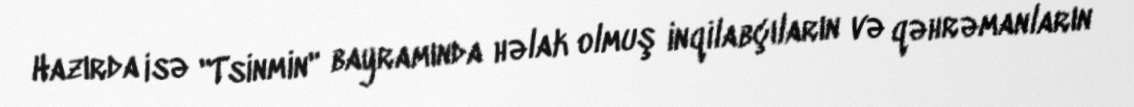
Hazırda isə "Tsinmin" bayramında həlak olmuş inqilabçıların və qəhrəmanların